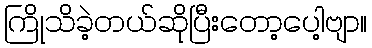
ကြိုသိခဲ့တယ်ဆိုပြီးတော့ပေါ့ဗျာ။